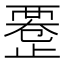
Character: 𱥇